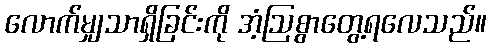
လောက်မျှသာရှိခြင်းကို အံ့ဩစွာတွေ့ရလေသည်။